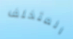
المتخلف